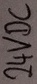
Text: 24VDC